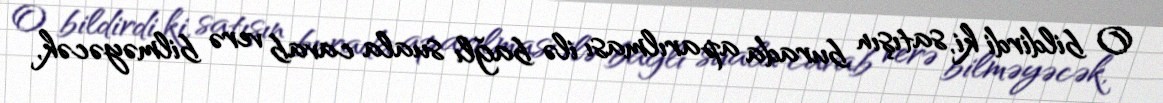
O bildirdi ki, satışın burada aparılması ilə bağlı suala cavab verə bilməyəcək,